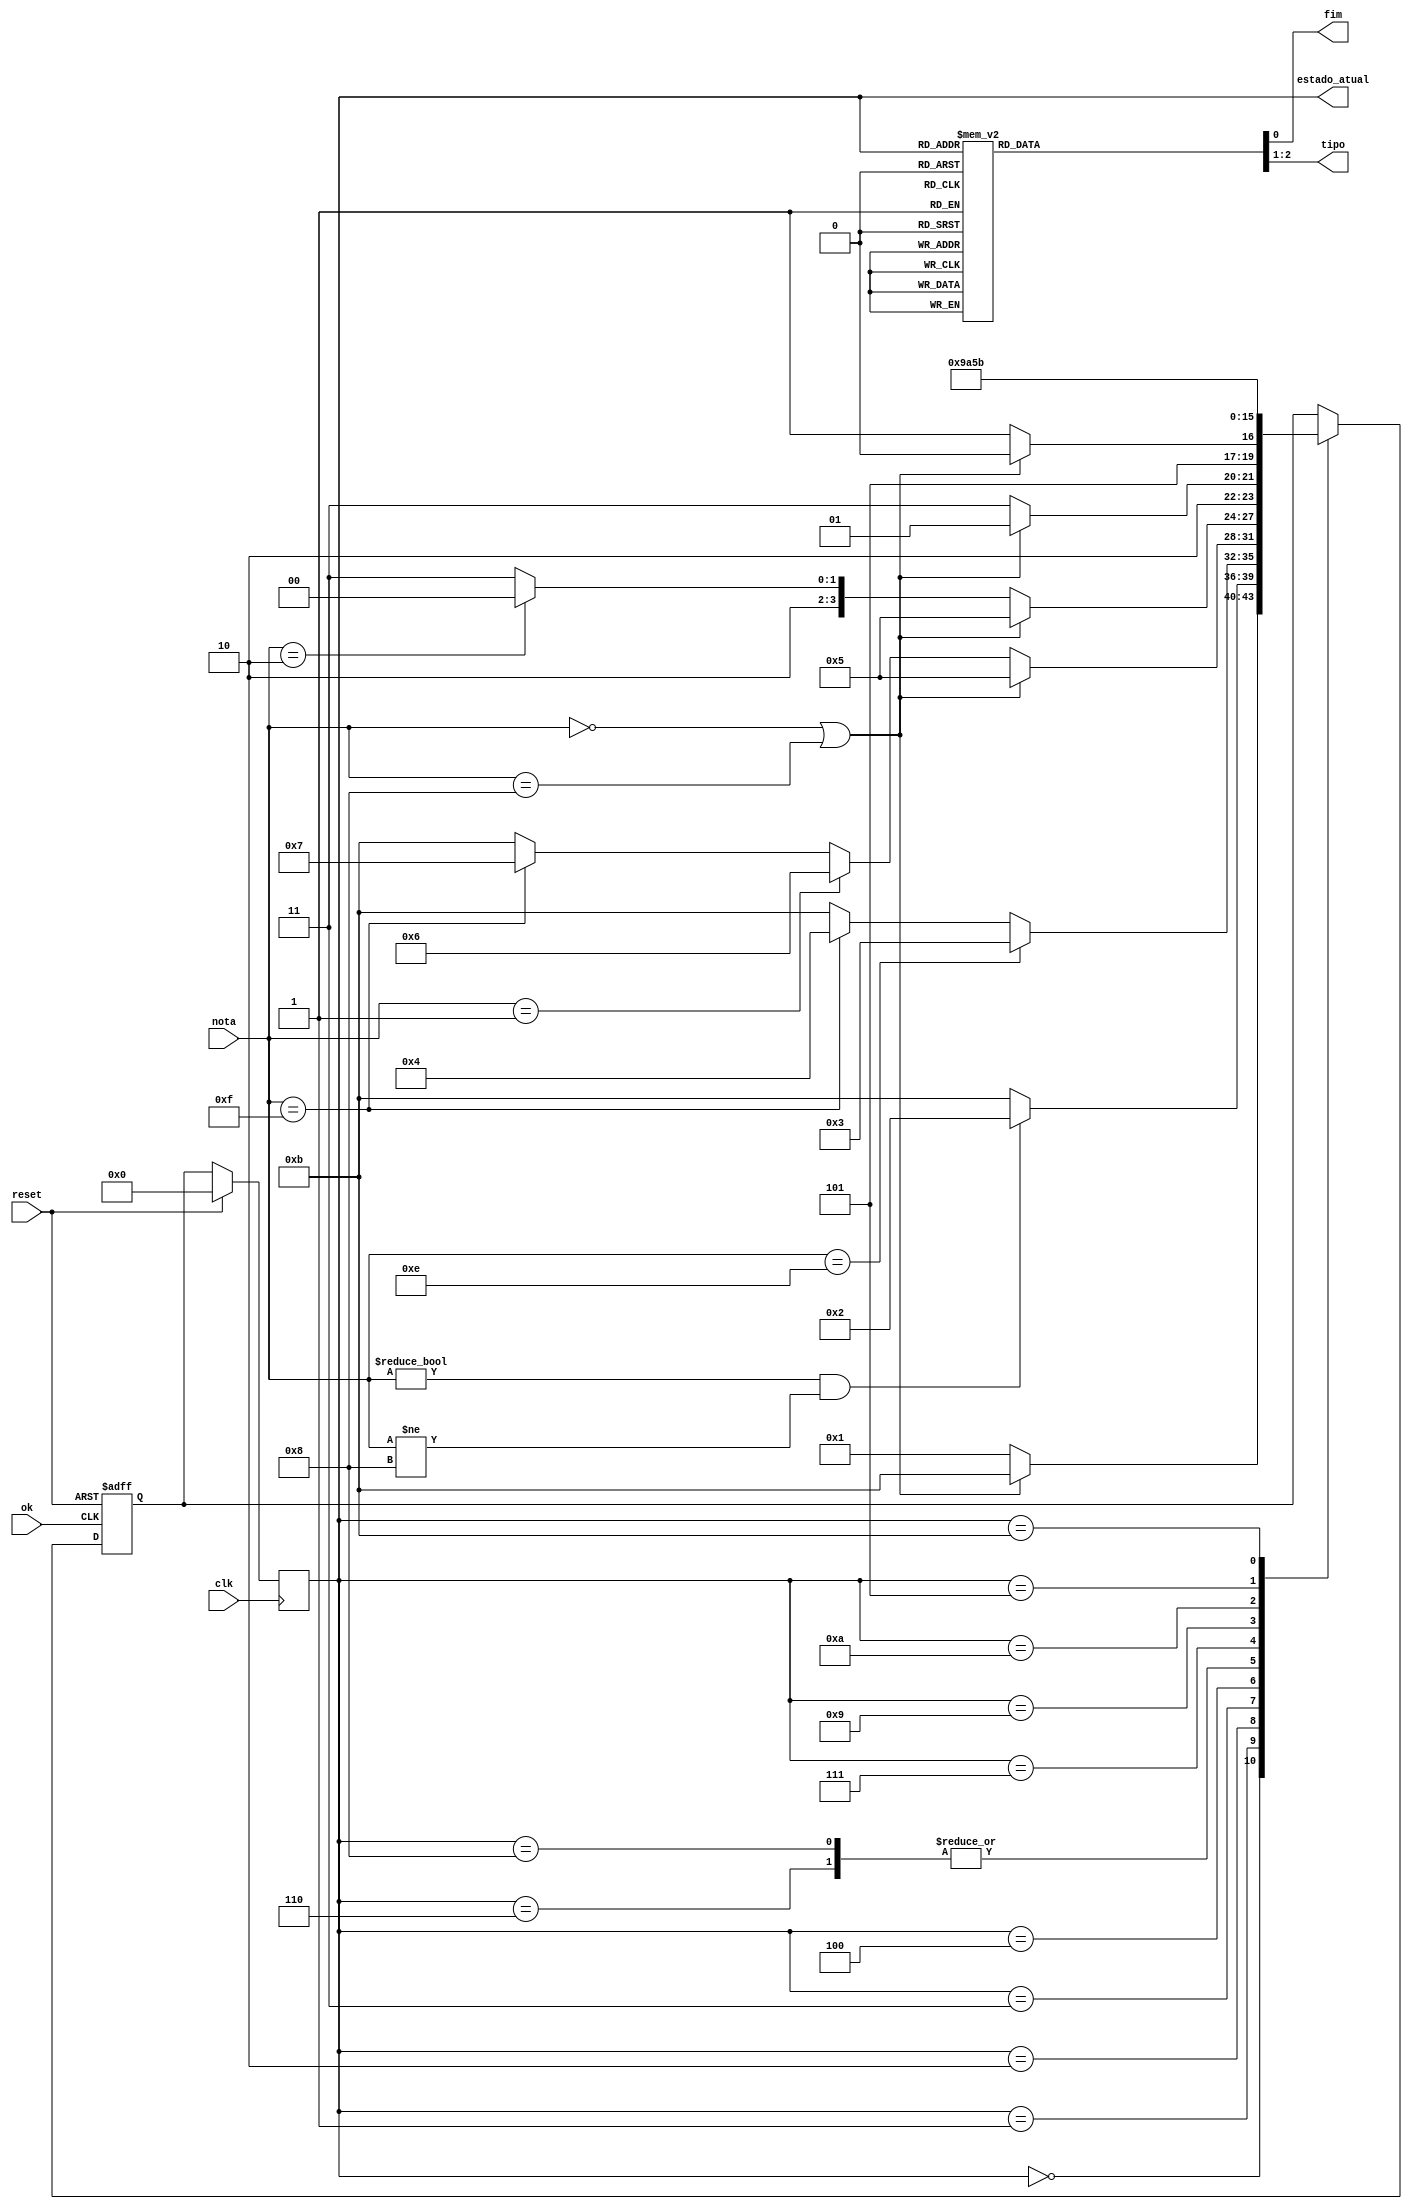
module Identificador(clk, reset, ok, nota, fim, tipo, estado_atual);

  input wire ok, reset, clk;
	input  wire [3:0] nota;
	output reg fim;
	output reg [1:0] tipo;


	parameter inicio  = 4'b0000,
	          s_n1    = 4'b0001,
	          s_n2    = 4'b0010,
 	          s_N3_La = 4'b0011,
	          s_N3_Si = 4'b0100,
						s_adj	  = 4'b0101,
						s_N4_Do = 4'b0110,
						s_N4_Si = 4'b0111,
						s_N4_Re = 4'b1000,
						s_comp  = 4'b1001,
						s_adv   = 4'b1010,
						s_erro	= 4'b1011;

	parameter nota_nula1 = 4'b0000,
						Do         = 4'b0001,
						Re         = 4'b0010,
						Mi         = 4'b0011,
						Fa         = 4'b0100,
						Sol        = 4'b0101,
						La         = 4'b0110,
						Si         = 4'b0111,
						nota_nula2 = 4'b1000,
						Do_m       = 4'b1001,
						Re_m       = 4'b1010,
						Mi_m       = 4'b1011,
						Fa_m       = 4'b1100,
						Sol_m      = 4'b1101,
						La_m       = 4'b1110,
						Si_m       = 4'b1111;

	parameter t_nenhum = 2'b00,
						t_adj    = 2'b01,
 						t_comp   = 2'b10,
						t_adv    = 2'b11;

	parameter processado  = 1'b1,
						em_processo = 1'b0;

	output reg [3:0] estado_atual;
	reg [3:0] prox_estado;

	always @(posedge clk)
  begin

		if(reset)
    begin

			estado_atual = inicio;

    end

		else
    begin

    	estado_atual = prox_estado;
    end

	end

	always @(posedge ok or posedge reset)
  begin
  
		if (reset)
    begin

    	prox_estado = inicio;

    end

    else
    begin

      case(estado_atual)

        inicio:
        begin

        	if(nota == nota_nula1 || nota == nota_nula2)
          begin

            prox_estado = s_erro;

          end

          else
          begin

            prox_estado = s_n1;

          end

        end


  			s_n1:
        begin

        	if(nota != nota_nula1 && nota != nota_nula2)
          begin

            prox_estado = s_n2;

          end

          else
          begin

            prox_estado = s_erro;

          end

        end


  			s_n2:
        begin

  				if(nota == La_m)
          begin

  					prox_estado = s_N3_La;

          end

          else if(nota == Si_m)
          begin

            prox_estado = s_N3_Si;

          end

  				else
          begin

            prox_estado = s_erro;

          end

  			end


  			s_N3_La:
        begin

        	if(nota == nota_nula1 || nota == nota_nula2)
          begin

  					prox_estado = s_adj;

          end

          else if(nota == Do)
          begin

            prox_estado = s_N4_Do;
          end

  				else if(nota == Si_m)
          begin

  					prox_estado = s_N4_Si;

          end

          else
          begin

            prox_estado = s_erro;

          end

        end


        s_N3_Si:
        begin

          if(nota == nota_nula1 || nota == nota_nula2)
          begin

            prox_estado = s_adj;

          end

  				else if(nota == Re)
          begin

            prox_estado = s_N4_Re;

          end

          else
          begin

  					prox_estado = s_erro;

          end

  			end


  			s_N4_Do:
        begin
    			if(nota == nota_nula1 || nota == nota_nula2)
          begin

            prox_estado = s_comp;

          end

    			else
          begin

            prox_estado = s_erro;

          end

        end


        s_N4_Re:
        begin

        	if(nota == nota_nula1 || nota == nota_nula2)
          begin

            prox_estado = s_comp;

          end

          else
          begin

            prox_estado = s_erro;

          end

        end


        s_N4_Si:
        begin

        	if(nota == nota_nula1 || nota == nota_nula2)
          begin

            prox_estado = s_adv;

          end

          else
          begin

    				prox_estado = s_erro;

          end

    		end


        s_comp:
        begin

        	prox_estado = s_comp;

        end


        s_adv:
        begin

        	prox_estado = s_adv;

        end


        s_adj:
        begin

        	prox_estado = s_adj;

        end


    		s_erro:
        begin

        	prox_estado = s_erro;

        end

  		endcase

  	end

  end


  always @ (estado_atual)
  begin

		case(estado_atual)

			s_erro:
      begin

      	fim = processado;
				tipo = t_nenhum;

      end

			s_adj:
      begin

      	fim = processado;
				tipo = t_adj;

      end


      s_comp:
      begin

      	fim = processado;
				tipo = t_comp;

      end


      s_adv:
      begin

      	fim = processado;
				tipo = t_adv;

      end

			s_N3_La:
      begin

      	fim = em_processo;
				tipo = t_nenhum;

      end


      s_N3_Si:
      begin

      	fim = em_processo;
				tipo = t_nenhum;

      end


      s_N4_Do:
      begin

      	fim = em_processo;
				tipo = t_nenhum;

      end


      s_N4_Si:
      begin

      	fim = em_processo;
				tipo = t_nenhum;

      end


      s_N4_Re:
      begin

      	fim = em_processo;
				tipo = t_nenhum;

      end


      default:
      begin

      	fim = em_processo;
				tipo = t_nenhum;

      end

		endcase

	end

endmodule